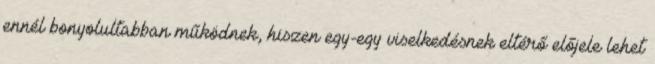
ennél bonyolultabban működnek, hiszen egy-egy viselkedésnek eltérő előjele lehet